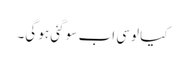
کیا لوسی اب سو گئی ہو گی۔